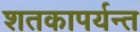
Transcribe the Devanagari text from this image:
शतकापर्यन्त